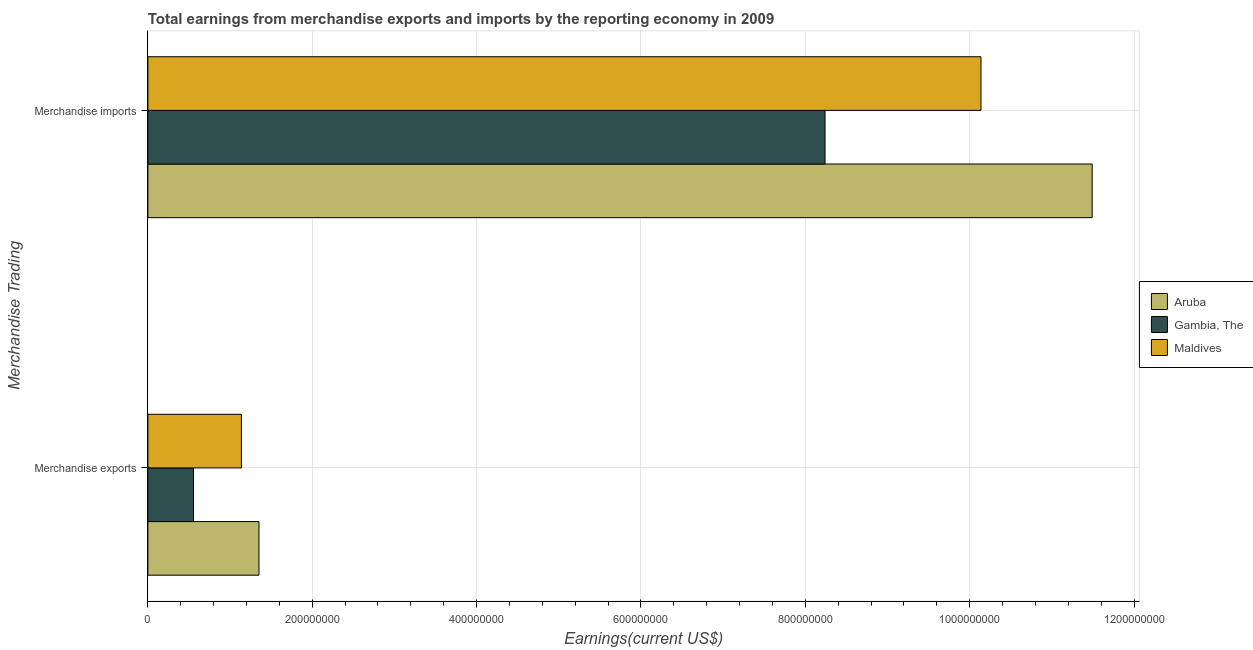
| Merchandise Trading | Aruba | Gambia, The | Maldives |
 | --- | --- | --- | --- |
 | Merchandise exports | 1.35e+08 | 5.56e+07 | 1.14e+08 |
 | Merchandise imports | 1.15e+09 | 8.24e+08 | 1.01e+09 |